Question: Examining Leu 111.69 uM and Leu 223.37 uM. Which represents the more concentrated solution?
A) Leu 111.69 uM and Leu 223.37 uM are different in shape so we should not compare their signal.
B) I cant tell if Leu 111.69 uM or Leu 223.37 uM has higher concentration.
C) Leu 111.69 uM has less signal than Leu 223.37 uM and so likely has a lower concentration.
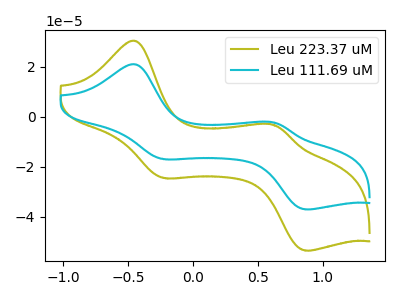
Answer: <think>The olive curve "Leu 223.37 uM" has anodic peaks at (-0.45V, 30.40uA) (0.65V, -3.35uA) and cathodic peaks at (-0.25V, -24.45uA) (0.85V, -53.50uA). The cyan curve "Leu 111.69 uM" has anodic peaks at (-0.45V, 21.05uA) (0.65V, -2.30uA) and cathodic peaks at (-0.25V, -16.90uA) (0.85V, -37.00uA).
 All the peaks in "Leu 111.69 uM" have a peak in "Leu 223.37 uM" at the same potential.</think>
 <answer>B) I cant tell if "Leu 111.69 uM" or "Leu 223.37 uM" has higher concentration.</answer>
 <eval>B</eval>